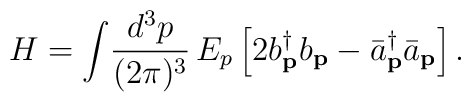
H = \int\! \frac{d^{3}p}{(2\pi)^3}\,E_{p} \left[2b^{\dag}_{\bf p}b_{\bf p} - {\bar a}^{\dag}_{\bf p}{\bar a}_{\bf p}\right] .